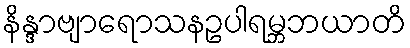
နိန္ဒာဗျာရောသနဥပါရမ္ဘဘယာတိ